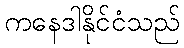
ကနေဒါနိုင်ငံသည်